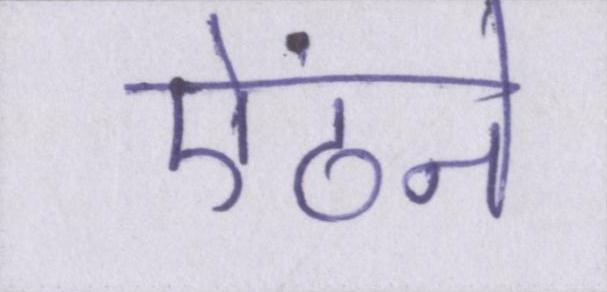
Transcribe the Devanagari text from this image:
ऐंठने